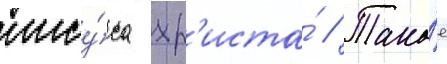
иису́са хр'иста́ // Тако́е